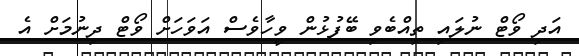
އަދި ވޯޓް ނުލައި ތިއްބެވި ބޭފުޅުން ވީހާވެސް އަވަހަށް ވޯޓް ދިނުމަށް އެ